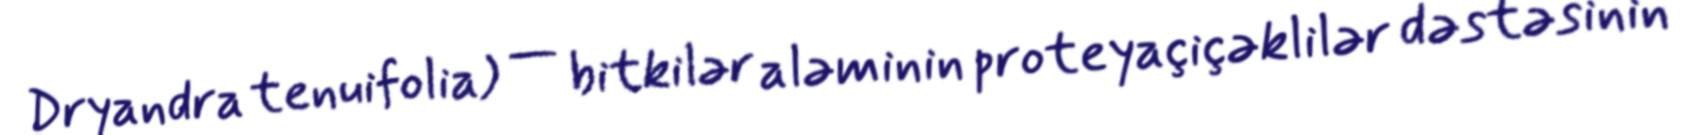
Dryandra tenuifolia) — bitkilər aləminin proteyaçiçəklilər dəstəsinin